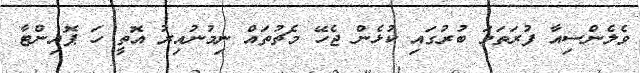
ވެލެންސިއާ ފުރަތަމަ ބުރުގައި ކުޅެން ޖެހޭ މެޗުތައް ނިމުނުއިރު އޮތީ ހަ ޕޮއިންޓާ